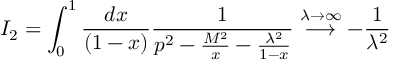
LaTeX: I _ { 2 } = \int _ { 0 } ^ { 1 } \frac { d x } { ( 1 - x ) } \frac { 1 } { p ^ { 2 } - \frac { M ^ { 2 } } { x } - \frac { \lambda ^ { 2 } } { 1 - x } } \stackrel { \lambda \rightarrow \infty } { \longrightarrow } - \frac { 1 } { \lambda ^ { 2 } }